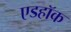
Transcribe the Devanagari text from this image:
एडहॉक